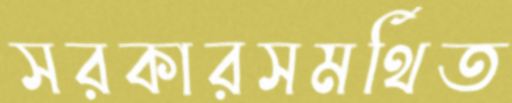
সরকারসমর্থিত